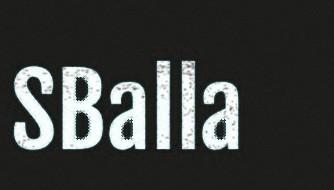
SBalla